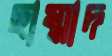
ছাম্মাদ